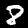
Label: 8